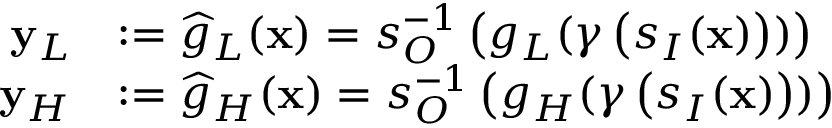
\begin{array} { r l } { \mathbf { y } _ { L } } & { : = \widehat { g } _ { L } ( \mathbf { x } ) = s _ { O } ^ { - 1 } \left( g _ { L } ( \gamma \left( s _ { I } ( \mathbf { x } ) \right) ) \right) } \\ { \mathbf { y } _ { H } } & { : = \widehat { g } _ { H } ( \mathbf { x } ) = s _ { O } ^ { - 1 } \left( g _ { H } ( \gamma \left( s _ { I } ( \mathbf { x } ) \right) ) \right) } \end{array}